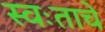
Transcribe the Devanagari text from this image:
स्वःताचे